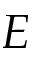
E